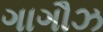
ગાગૌઝ